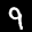
Label: 9